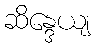
ဆိန္ဒေယျ